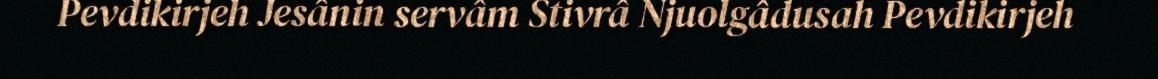
Pevdikirjeh Jesânin servâm Stivrâ Njuolgâdusah Pevdikirjeh